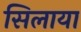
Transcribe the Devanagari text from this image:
सिलाया